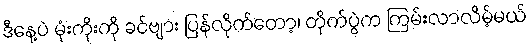
ဒီနေ့ပဲ မုံးကိုးကို ခင်ဗျား ပြန်လိုက်တော့၊ တိုက်ပွဲက ကြမ်းလာလိမ့်မယ်